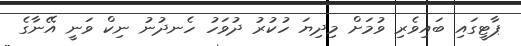
ޕާޓީގައި ބައިވެރި ވުމަށް މިދިޔަ ހުކުރު ދުވަހު ހެނދުނު ނިކް ވަނީ އޭނާގެ